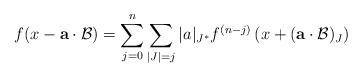
LaTeX: \begin{align*} f( x - \mathbf{a} \cdot \mathcal{B}) = \sum_{j=0}^{n} \sum_{|J| = j} |a|_{J^{*}} f^{(n-j)} \left( x + ( \mathbf{a} \cdot \mathcal{B})_{J} \right) \end{align*}